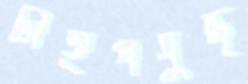
টাইপযুদ্ধ